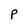
Character: p